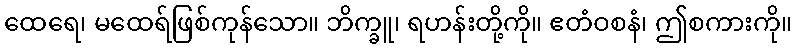
ထေရေ၊ မထေရ်ဖြစ်ကုန်သော။ ဘိက္ခူ၊ ရဟန်းတို့ကို။ ဧတံဝစနံ၊ ဤစကားကို။